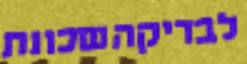
לבדיקהשכונת